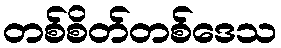
တစ်စိတ်တစ်ဒေသ